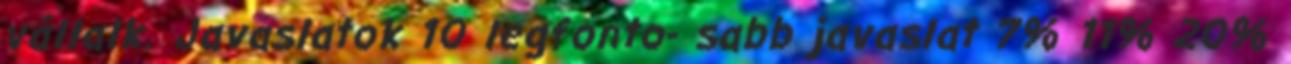
vállalk. Javaslatok 10 legfonto- sabb javaslat 7% 11% 20%